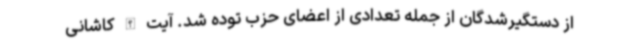
از دستگیرشدگان از جمله تعدادی از اعضای حزب توده شد. آیت الله کاشانی